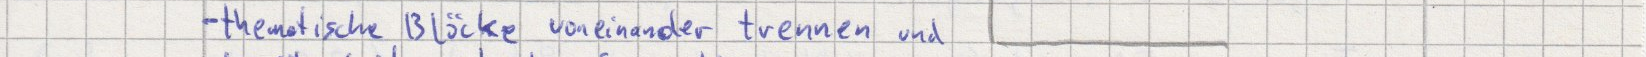
- thematische Blöcke voneinander trennen und